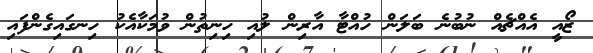
ޒޯއީ އެއްޗެއް ނުބުނެ ބަލަން ހުއްޓާ އާރިން ލުއި ހިނިތުން ވުމަކާއެކު ހިނގައިގެންފައި